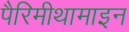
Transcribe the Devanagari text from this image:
पैरिमीथामाइन